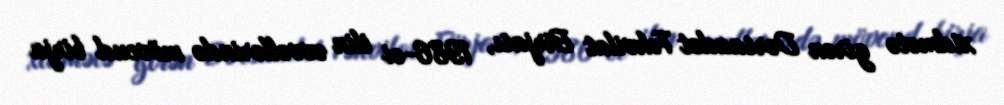
xidmətə girən Dərsaadət Təhvilat Birjası, 1986-ci ilin əvvəllərində mövcud birja